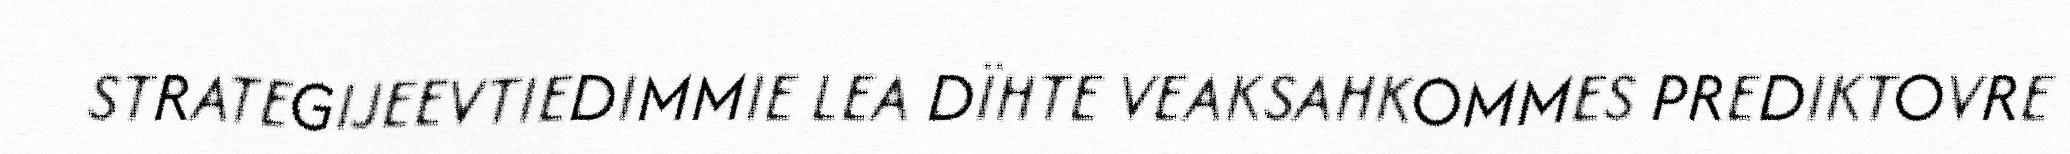
STRATEGIJEEVTIEDIMMIE LEA DÏHTE VEAKSAHKOMMES PREDIKTOVRE